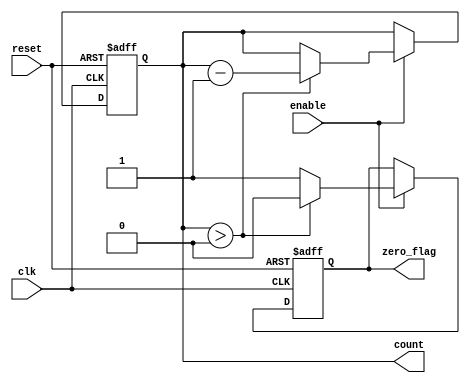
module decremental_counter #(
    parameter WIDTH = 8,         // Bit-width for the counter (adjust as needed)
    parameter MAX_COUNT = 255    // Maximum count value (2^WIDTH - 1)
)(
    input wire clk,              // Clock signal
    input wire reset,            // Reset signal
    input wire enable,           // Enable signal for decrementing
    output reg [WIDTH-1:0] count, // Current count output
    output reg zero_flag         // Flag indicating when count reaches zero
);

    // Initial count value
    initial begin
        count = MAX_COUNT;       // Initialize count to maximum value
        zero_flag = 0;           // Initialize zero flag to false
    end

    always @(posedge clk or posedge reset) begin
        if (reset) begin
            count <= MAX_COUNT;   // Reset count to maximum value
            zero_flag <= 0;       // Reset zero flag
        end else if (enable) begin
            if (count > 0) begin
                count <= count - 1; // Decrement count
                zero_flag <= 0;      // Reset zero flag as count is not zero
            end else begin
                zero_flag <= 1;      // Set zero flag when count reaches zero
            end
        end
    end

endmodule